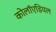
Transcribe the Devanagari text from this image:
कोलॉएडियल